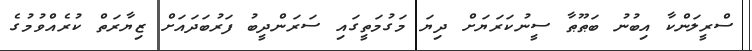
ސްރީލަންކާ އިބުނު ބަޠޫޠާ ސީނުކަރަޔަށް ދިޔަ މަގުމަތީގައި ސަރަންދީބު ފަރުބަދައަށް ޒިޔާރަތް ކުރެއްވުމުގެ